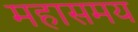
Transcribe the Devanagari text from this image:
महासमय